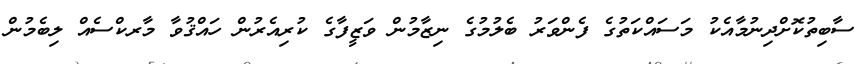
ސާބިތުކޮށްދިނުމާއެކު މަސައްކަތުގެ ފެންވަރު ބެލުމުގެ ނިޒާމުން ވަޒީފާގެ ކުރިއެރުން ހައްޤުވާ މާރކްސެއް ލިބެމުން